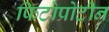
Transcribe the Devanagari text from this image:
फिटोप्रोटीन